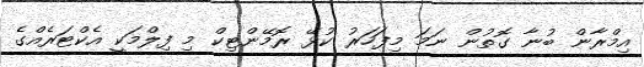
އިމްރާން ބުނާ ގޮތުން ނަމަ މިފަހަރު ކުޅޭ ރޮމޭންޓިކް މި ފިލްމަކީ އެކްޓަރެއްގެ